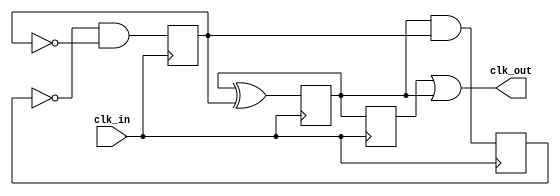
`timescale 10ns/1ps

module div_by_5(
	input clk_in,
	output clk_out
	);
	
	reg q0, q1, q2, q3;
	wire d0, d1, d2;

	initial
	begin
		q0 = 0;
		q1 = 0;
		q2 = 0;
		//clk_out = 1;
	end
	assign not_q0 = ~q0;
	assign not_q1 = ~q1;
	assign not_q2 = ~q2;
		
	assign d2 = q1 & q0;
	assign d1 = q1 ^ q0;
	assign d0 = not_q2 & not_q0;	

	always @(posedge clk_in) begin
		q2 <= d2;
		q1 <= d1;
		q0 <= d0;
	end
	always @(negedge clk_in) begin
		q3 <= q1;
	end
	assign clk_out = q3 | q1;

endmodule